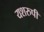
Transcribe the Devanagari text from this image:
यशरुपी